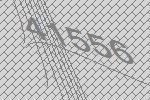
41556